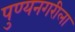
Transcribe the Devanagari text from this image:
पुण्यनगरीला